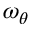
\omega _ { \theta }